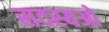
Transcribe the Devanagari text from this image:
सदस्यओ